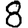
Digit: 8